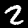
Label: 2